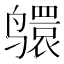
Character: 𫜅